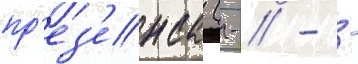
пр'ез'енса (-/ - -